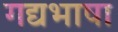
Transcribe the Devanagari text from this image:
गद्यभाषा